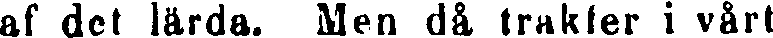
af det lärda. Men då trakter i vårt